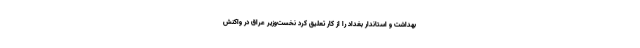
بهداشت و استاندار بغداد را از کار تعلیق کرد نخست‌وزیر عراق در واکنش